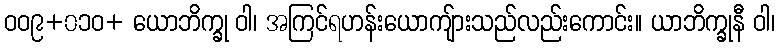
ဝဝ၉+၀၁ဝ+ ယောဘိက္ခု ဝါ၊ အကြင်ရဟန်းယောကျ်ားသည်လည်းကောင်း။ ယာဘိက္ခုနီ ဝါ၊